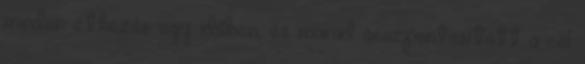
minden étkezés egy időben, és marad összpontosított a cél: